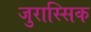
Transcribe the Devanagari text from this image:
जुरास्सिक